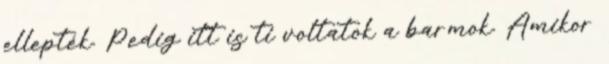
ellepték. Pedig itt is ti voltatok a barmok. Amikor